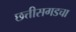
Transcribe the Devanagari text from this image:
छत्तीसगडचा